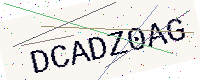
Text: DCADZ0AG